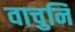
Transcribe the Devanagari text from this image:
वाचुनि